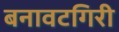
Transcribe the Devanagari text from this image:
बनावटगिरी